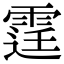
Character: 𨗒